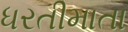
ધરતીમાતા